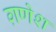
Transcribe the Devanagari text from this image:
ग़णेश